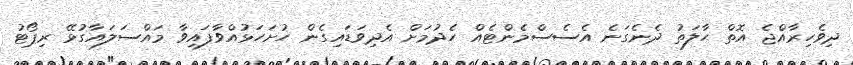
ދިވެހިރާއްޖެ އޮތް ޙާލަތު ދެނެގަނެ އެސެސްމެންޓެއް ހެދުމަށް އެދިވަޑައިގެން ހުށަހަޅުއްވާފައިވާ މައްސަލައާގުޅޭ ރިޕޯޓު